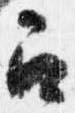
召